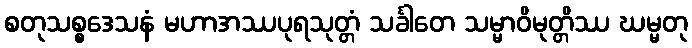
စတုသစ္စဒေသနံ မဟာအဿပုရသုတ္တံ သင်္ခါတေ သမ္မာဝိမုတ္တိဿ ဃမ္မတု